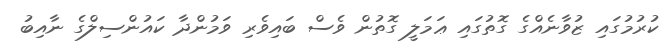
ކުރުމުގައި ޒުވާނެއްގެ ގޮތުގައި ޢަމަލީ ގޮތުން ވެސް ބައިވެރި ވަމުންދާ ކައުންސިލްގެ ނާއިބު